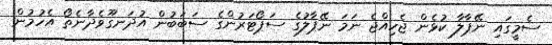
ސެމީގައި ނޭޕާލާ ކުޅެން ޖެހިއްޖެ ނަމަ ނޭޕާލުގެ ސަޕޯޓަރުންގެ ސަބަބުން އުދަނގޫވެދާނެތޯ އެހުމުން